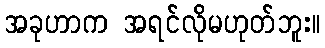
အခုဟာက အရင်လိုမဟုတ်ဘူး။